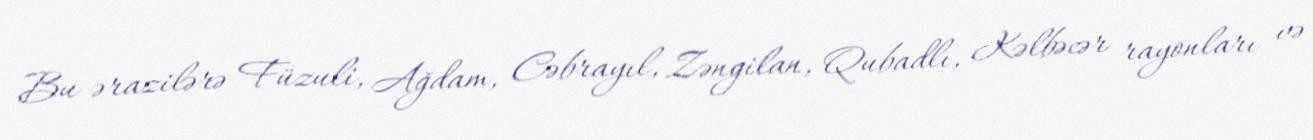
Bu ərazilərə Füzuli, Ağdam, Cəbrayıl, Zəngilan, Qubadlı, Kəlbəcər rayonları və